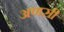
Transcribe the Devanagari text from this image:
अणसी